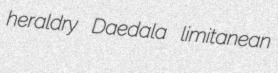
heraldry Daedala limitanean